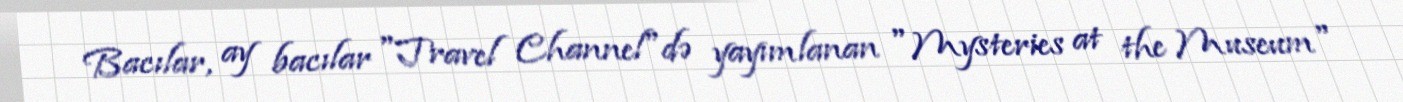
Bacılar, ay bacılar "Travel Channel"də yayımlanan "Mysteries at the Museum"